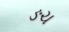
ઙચ